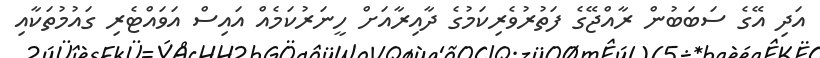
އަދި އޭގެ ސަބަބުން ރާއްޖޭގެ ފަތުރުވެރިކަމުގެ ދާއިރާއަށް ހީނަރުކަމެއް އައިސް އަވައްޓެރި ގައުމުތަކާއި